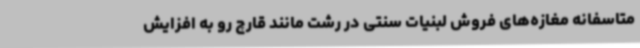
متاسفانه مغازه‌های فروش لبنیات سنتی در رشت مانند قارچ رو به افزایش